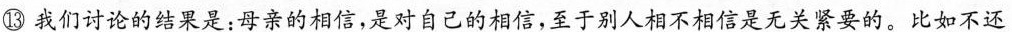
⑬我们讨论的结果是：母亲的相信，是对自己的相信，至于别人相不相信是无关紧要的。比如不还